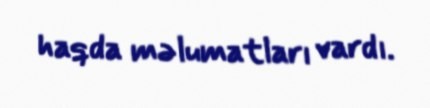
haqda məlumatları vardı.